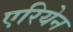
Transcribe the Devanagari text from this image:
एरियेन